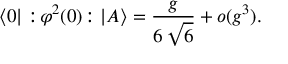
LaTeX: \langle 0 | : \! \varphi ^ { 2 } ( 0 ) \! : | A \rangle = \frac { g } { 6 \, \sqrt { 6 } } + o ( g ^ { 3 } ) .